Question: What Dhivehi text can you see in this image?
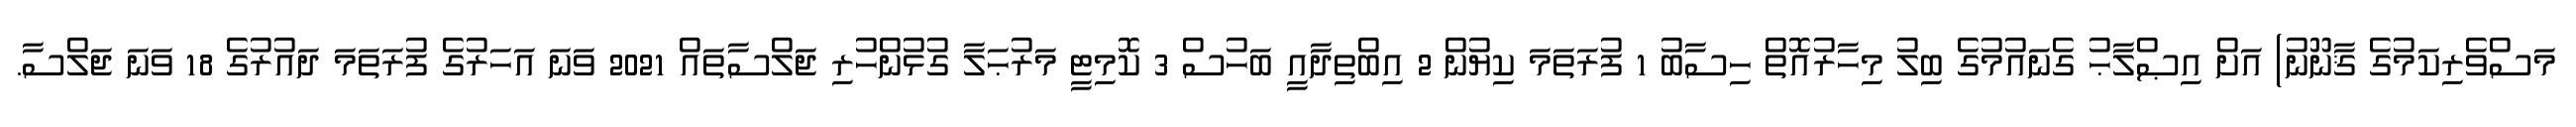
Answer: މަސްވެރިކަމުގެ ޤާނޫނު) އަށް އިޞްލާޙު ގެނައުމުގެ ބިލު މިހާރުއޮތް ހިސާބު 1 ފުރަތަމަ ކިޔުން 2 އިބްތިދާއީ ބަހުސް 3 ކޮމިޓީ މަރުޙަލާ ގުޅުންހުރި ޖަލްސާތައް 2021 ވަނަ އަހަރުގެ ފުރަތަމަ ދައުރުގެ 18 ވަނަ ޖަލްސާ.